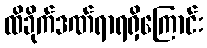
ထိခိုက်ဒဏ်ရာရရှိကြောင်း